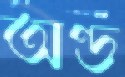
অণ্ড